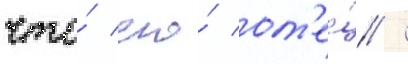
что́ его́ от'е́ц /